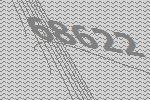
68622